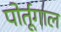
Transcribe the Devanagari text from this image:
पोर्तूगाल